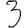
Digit: 3